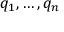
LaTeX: q _ { 1 } , \ldots , q _ { n }